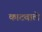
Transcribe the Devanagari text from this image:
काटवाले